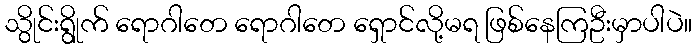
သွိုင်းရွိုက် ရောဂါတေ ရောဂါတေ ရှောင်လို့မရ ဖြစ်နေကြဦးမှာပါပဲ။